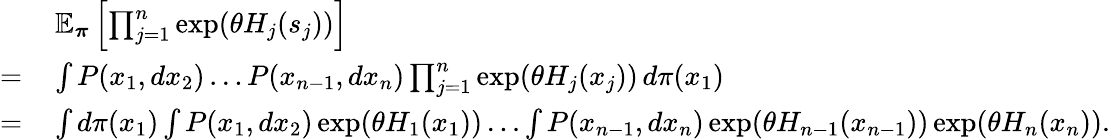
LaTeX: \begin{array}{rl}&{\mathbb{E}_{\boldsymbol\pi}\left[\prod_{j=1}^{n}\exp(\theta H_{j}(s_{j}))\right]}\\ {=\, }&{\int P(x_{1},dx_{2})\dots P(x_{n-1},dx_{n})\prod_{j=1}^{n}\exp(\theta H_{j}(x_{j}))\, d\pi(x_{1})}\\ {=\, }&{\int d\pi(x_{1})\int P(x_{1},dx_{2})\exp(\theta H_{1}(x_{1}))\dots\int P(x_{n-1},dx_{n})\exp(\theta H_{n-1}(x_{n-1}))\exp(\theta H_{n}(x_{n})).}\end{array}